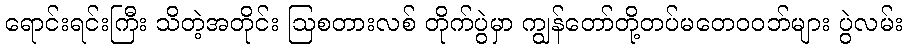
ရောင်းရင်းကြီး သိတဲ့အတိုင်း ဩစတားလစ် တိုက်ပွဲမှာ ကျွန်တော်တို့တပ်မတေဝဝဘ်များ ပွဲလမ်း